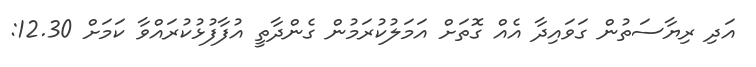
އަދި ރިޔާސަތުން ގަވައިދާ އެއް ގޮތަށް އަމަލުކުރަމުން ގެންދާތީ އުފާފުޅުކުރައްވާ ކަމަށް 12.30: